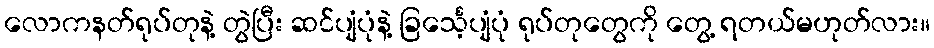
လောကနတ်ရုပ်တုနဲ့ တွဲပြီး ဆင်ပျံပုံနဲ့ ခြင်္သေ့ပျံပုံ ရုပ်တုတွေကို တွေ့ ရတယ်မဟုတ်လား။